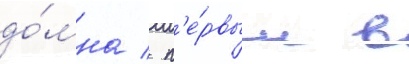
до́мна / п'е́рвым в